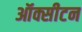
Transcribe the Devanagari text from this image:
ऑक्सीटन